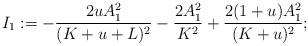
LaTeX: \begin{align*}I_1:=-\frac{2uA_1^2}{(K+u+L)^2}-\frac{2A_1^2}{K^2}+\frac{2(1+u)A_1^2}{(K+u)^2};\end{align*}